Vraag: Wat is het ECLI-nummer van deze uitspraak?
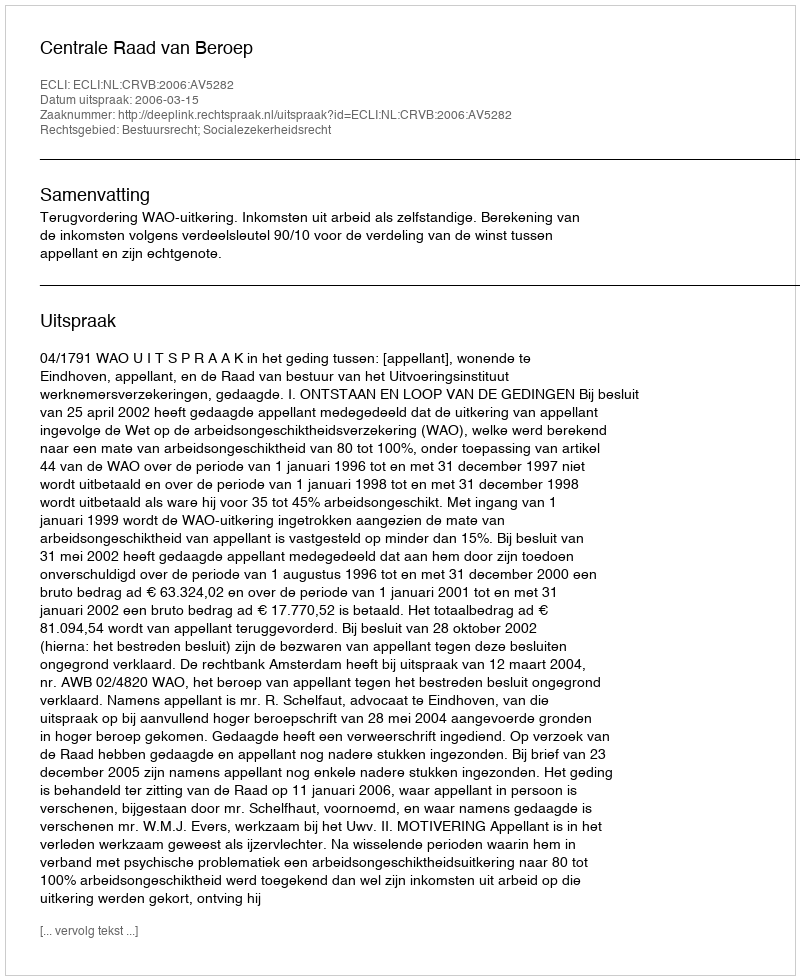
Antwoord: ECLI:NL:CRVB:2006:AV5282